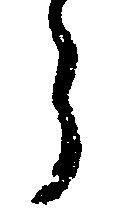
う